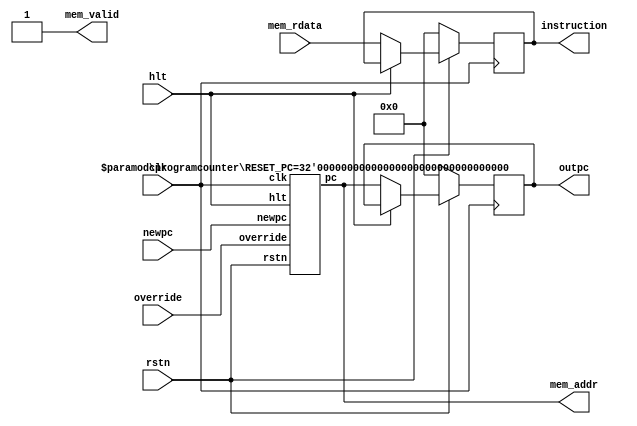
module fetch(
    // control signals
    input clk, input rstn, input hlt,
    // branch control
    input override, input [31:0] newpc,
    // memory read interface
    output mem_valid, output [31:0] mem_addr, input [31:0] mem_rdata,
    // pipeline registers
    output reg [31:0] instruction, output reg [31:0] outpc
);
    wire [31:0] pc;
    wire [31:0] next_pc;
    
    parameter RESET_PC = 32'h00000000;
    parameter RESET_INSTRUCTION = 32'h00000000;

    programcounter #(
        .RESET_PC(RESET_PC)
    ) pc0 (
        .clk(clk), .rstn(rstn), .hlt(hlt),
        .override(override), .newpc(newpc),
        .pc(pc)
    );

    assign mem_addr = pc;
    assign mem_valid = 1;

    always @ (posedge clk) if(!rstn) begin
        instruction <= RESET_INSTRUCTION;
        outpc <= RESET_PC;
    end else if(!hlt) begin
        outpc <= pc;
        instruction <= mem_rdata;
    end
endmodule

module programcounter (
    input clk, input rstn, input hlt,
    input override, input [31:0] newpc,
    output reg [31:0] pc
);
    parameter RESET_PC = 32'h00000000;

    always @ (posedge clk) if(!rstn) begin
        pc <= RESET_PC;
    end else if (!hlt) begin
        pc <= override ? newpc : pc + 4;
    end
endmodule